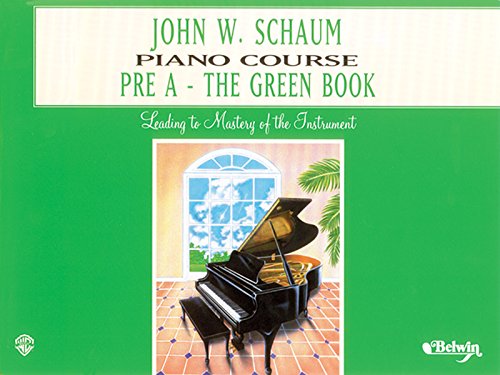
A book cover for John W. Schaum Piano Course: Pre-A : The Green Book; John W. Schaum; Humor & Entertainment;